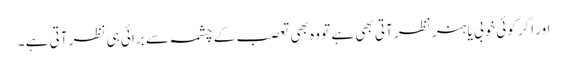
اور اگر کوئی خوبی یا ہنر نظر آتی بھی ہے تو وہ بھی تعصب کے چشمہ سے برائی ہی نظر آتی ہے ۔